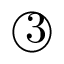
\textcircled { 3 }